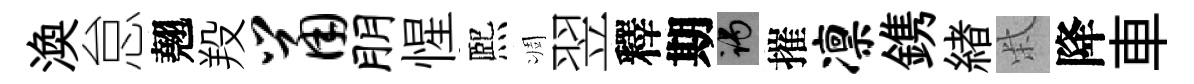
渙怠翹羖鼠朋惺熈凋翌釋期谒摧凛鎸緖柴降車